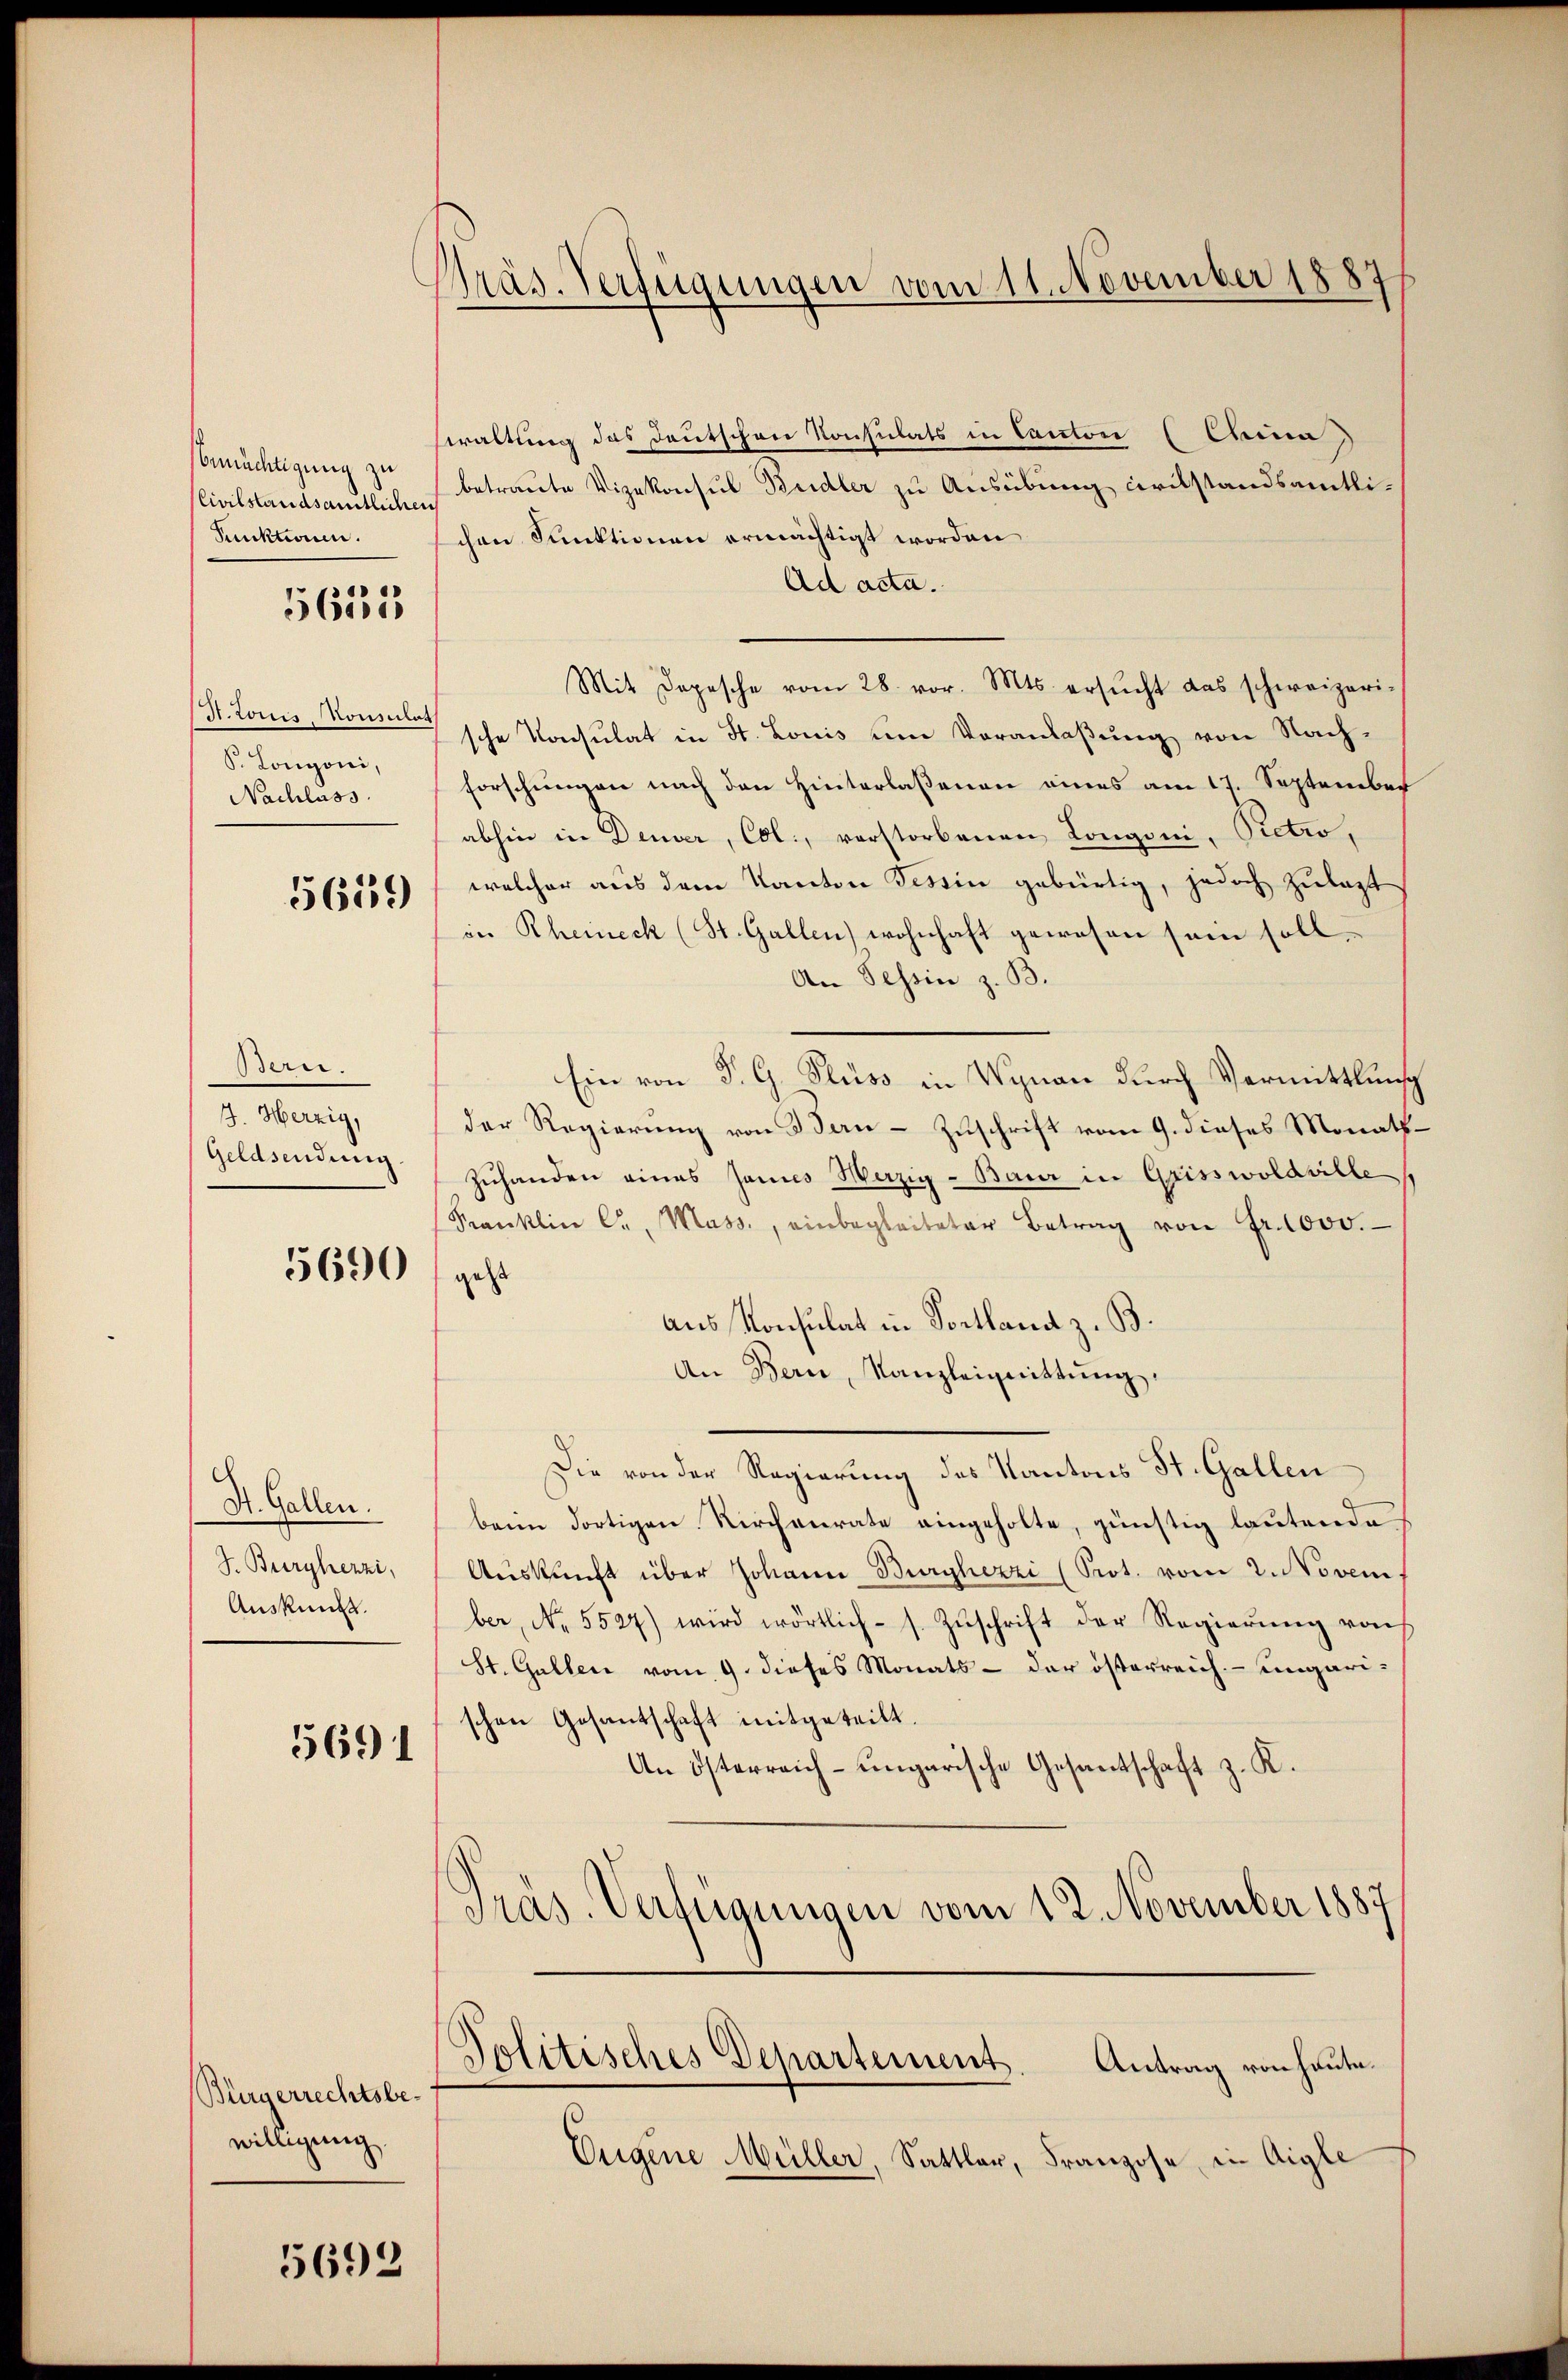
bemächtigung zu
Civilstandsamtlichen
Punktionen.

5635

(St. Louis, Konsulat
S. Longoni,
Nachlass

5619

der
J. Herzig,
Geldsendung

5690

St. Gallen.
Auskunft.

5691

Bürgerrechtsbewilligung.

5692

Präs. Verfügungen vom 11. November 18877

waltung das Deutschen Konsulats in Canton (China
betraute Vizekonsul Kudler zu Ausübung civilstandsamtlichen Funktionen ermächtigt worden
Ad acta.
Mit Depesche vom 28. vor. Mts. ersŭcht das schweizeri-
sche Konsulat in St. Louis um Veranlaßung von Nachforschungen nach den Hinterlaßenen eines am 17. September
abhin in Deuser, Col., verstorbenen Longoni, Pietro,
welcher aus dem Kanton Tessin gebürtig, jedoch zulagt
in Rheineck (St. Gallen) wohnhaft gewesen sein soll,
An Tessin z. B.
Ein von P. G. Fluss in Wynau durch Vermittlung
der Regierung von Bern - Zuschrift vom 9. dieses Monath.
Zuhanden eines Jannes Werzig - Baier in Grisswoldville
Franklin Ca, Mass., einbegleiteter Betrag von Fr. 1000.
geht
aus Konsulat in Vortland z. B.
An Bern, Kanzleignittung.
Die von der Regierung des Kantons St. Gallen
beim dortigen Kirchenrate eingeholte, günstig lautende
J. Burghezzi, Aŭskŭnft über Johann Burghezzi (Prot. vom 2. Novem
ber, No. 5527) wird wörtlich s. Zŭschrift der Regierŭng von
St. Gallen vom 9. dieses Monats - der österreich. – ungarischen Gesantschaft mitgeteilt.
An Österreich-ungarische Gesantschaft z. K.
Präs. Verfügungen vom 12. November 1887
Politisches Departement. Antrag von heute.
Eugene Müller, Sattler, Franzose in Aigle